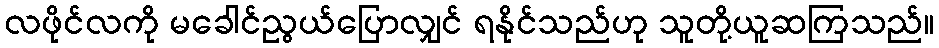
လဖိုင်လကို မခေါင်ညွယ်ပြောလျှင် ရနိုင်သည်ဟု သူတို့ယူဆကြသည်။